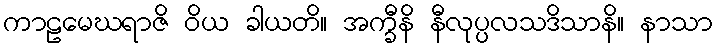
ကာဠမေဃရာဇိ ဝိယ ခါယတိ။ အက္ခီနိ နီလုပ္ပလသဒိသာနိ။ နာသာ